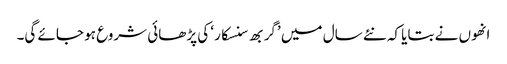
انھوں نے بتایا کہ نئے سال میں ’گربھ سنسکار‘ کی پڑھائی شروع ہو جائے گی۔